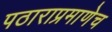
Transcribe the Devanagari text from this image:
पठाराप्रमाणेच